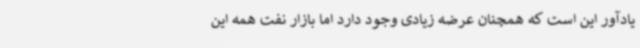
یادآور این است که همچنان عرضه زیادی وجود دارد اما بازار نفت همه این